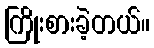
ကြိုးစားခဲ့တယ်။